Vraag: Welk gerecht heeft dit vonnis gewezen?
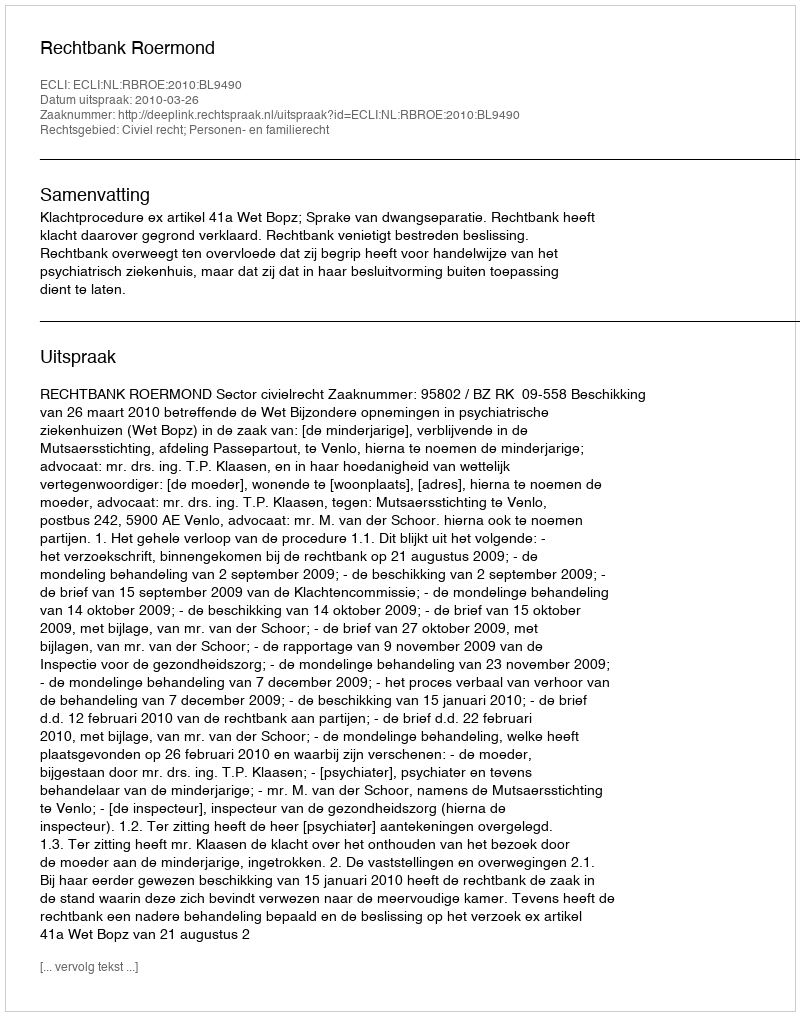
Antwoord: Rechtbank Roermond